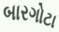
બારગોટા